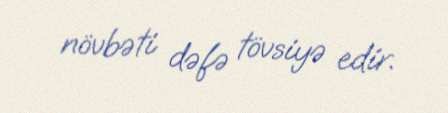
növbəti dəfə tövsiyə edir.